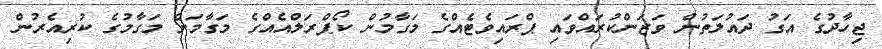
ޖިހާދުގެ އަގު ދައުލަތުން ވަޒަންކުރައްވައި ޕްރައިވެޓެއްގެ މަގާމުން ކޯޕްރަލްއެއްގެ މަގާމަށް މަގާމުގެ ކުރިއެރުން